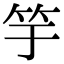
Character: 竽